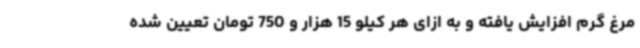
مرغ گرم افزایش یافته و به ازای هر کیلو 15 هزار و 750 تومان تعیین شده